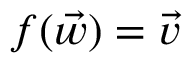
f ( \vec { w } ) = \vec { v }